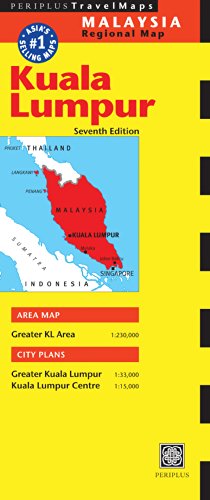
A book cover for Kuala Lumpur Travel Map Seventh Edition (Periplus Travel Maps); Travel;